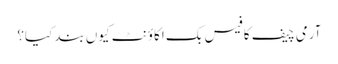
آرمی چیف کا فیس بک اکاؤنٹ کیوں بند کیا؟